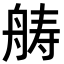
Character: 𮎍